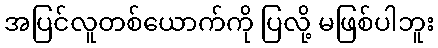
အပြင်လူတစ်ယောက်ကို ပြလို့ မဖြစ်ပါဘူး